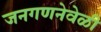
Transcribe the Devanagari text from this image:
जनगणनेवेळी